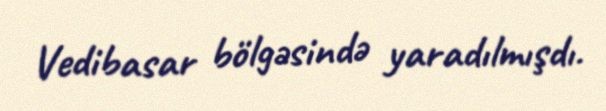
Vedibasar bölgəsində yaradılmışdı.